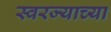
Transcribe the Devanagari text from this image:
स्वरज्याच्या